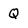
Character: Q